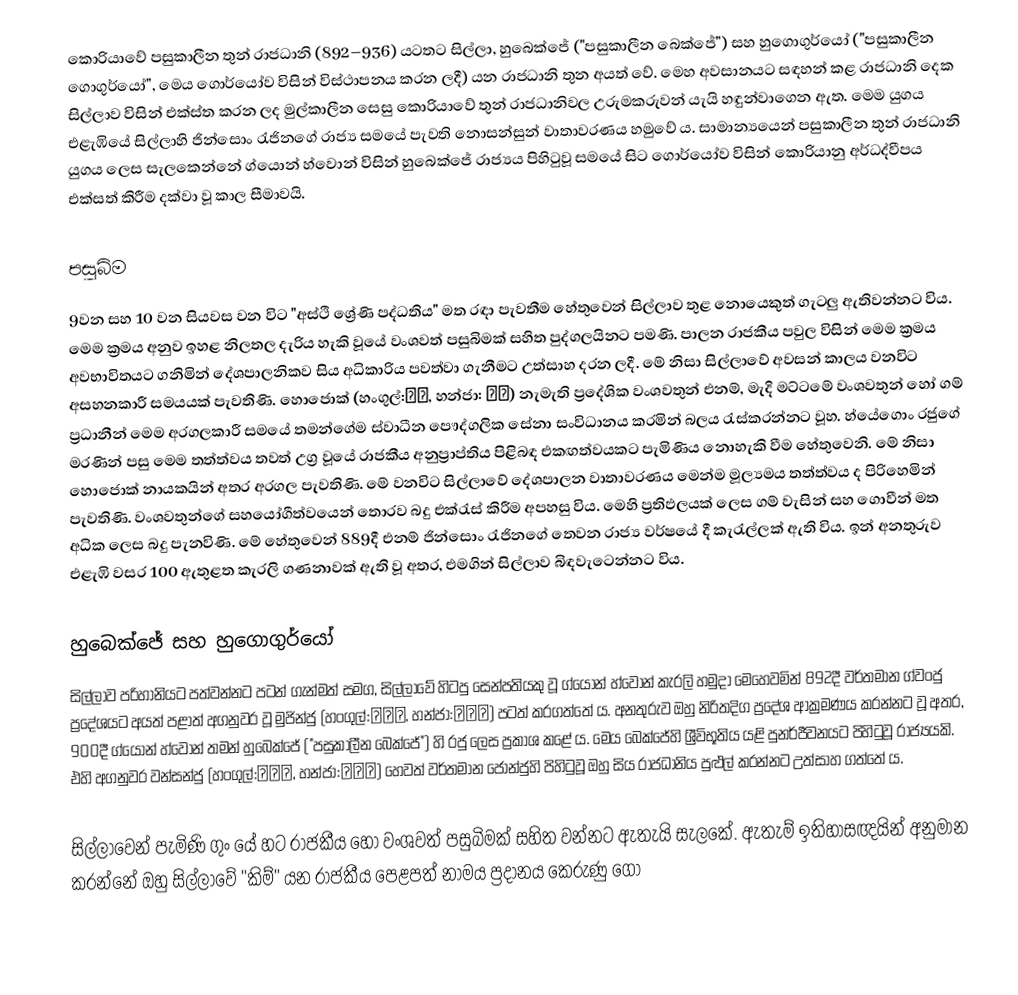
කොරියාවේ පසුකාලීන තුන් රාජධානි (892–936) යටතට සිල්ලා, හුබෙක්ජේ ("පසුකාලීන ‍බෙක්ජේ") සහ හුගොගුර්යෝ ("පසුකාලීන ගොගුර්යෝ", මෙය ගොර්යෝව විසින් විස්ථාපනය කරන ලදී) යන රාජධානි තුන අයත් වේ.  මෙහ අවසානයට සඳහන් කළ රාජධානි දෙක සිල්ලාව විසින් එක්ස්ත කරන ලද මුල්කාලීන සෙසු කොරියාවේ තුන් රාජධානිවල උරුමකරුවන් යැයි හඳුන්වාගෙන ඇත. මෙම යුගය එළැඹියේ සිල්ලාහි ජින්සොං රැජිනගේ රාජ්‍ය සමයේ පැවති නොසන්සුන් වාතාවරණය හමුවේ ය. ‍සාමාන්‍යයෙන් පසුකාලීන තුන් රාජධානි යුගය ලෙස සැලකෙන්නේ ග්යොන් හ්වොන් විසින් හුබෙක්ජේ රාජ්‍යය පිහිටුවූ සමයේ සිට ගොර්යෝව විසින් කොරියානු අර්ධද්වීපය එක්සත් කිරීම දක්වා වූ කාල සීමාවයි.

පසුබිම
9වන සහ 10 වන සියවස වන විට "අස්ථි ශ්‍රේණි පද්ධතිය" මත රඳා පැවතීම හේතුවෙන් සිල්ලාව තුළ නොයෙකුත් ගැටලු ඇතිවන්නට විය. මෙම ක්‍රමය අනුව ඉහළ නිලතල දැරිය හැකි වූයේ වංශවත් පසුබිමක් සහිත පුද්ගලයිනට පමණි. පාලන රාජකීය පවුල විසින් මෙම ක්‍රමය අවභාවිතයට ගනිමින් දේශපාලනිකව සිය අධිකාරිය පවත්වා ගැනීමට උත්සාහ දරන ලදී. මේ නිසා සිල්ලාවේ අවසන් කාලය වනවිට අසහනකාරී සමයයක් පැවතිණි. හොජොක් (හංගුල්:호족, හන්ජා: 豪族) නැමැති ප්‍රදේශික වංශවතුන් එනම්, මැදි මට්ටමේ වංශවතුන් හෝ ගම් ප්‍රධානීන් මෙම අරගලකාරී සමයේ තමන්ගේම ස්වාධීන පෞද්ගලික සේනා සංවිධානය කරමින් බලය රැස්කරන්නට වූහ. හ්යේගොං රජුගේ මරණින් පසු මෙම තත්ත්වය තවත් උග්‍ර වූයේ රාජකීය අනුප්‍රාප්තිය පිළිබඳ එකඟත්වයකට පැමිණිය නොහැකි වීම හේතුවෙනි. මේ නිසා හොජොක් නායකයින් අතර අරගල පැවතිණි. මේ වනවිට සිල්ලාවේ දේශපාලන වාතාවරණය මෙන්ම මූල්‍යමය තත්ත්වය ද පිරිහෙමින් පැවතිණි. වංශවතුන්ගේ සහයෝගීත්වයෙන් තොරව බදු එක්රැස් කිරීම අපහසු විය. මෙහි ප්‍රතිඵලයක් ලෙස ගම් වැසින් සහ ගොවීන් මත අධික ලෙස බදු පැනවිණි. මේ හේතුවෙන් 889දී එනම් ජින්සොං රැජිනගේ තෙවන රාජ්‍ය වර්ෂයේ දී කැරැල්ලක් ඇති විය. ඉන් අනතුරුව එළැඹි වසර 100 ඇතුළත කැරලි ගණනාවක් ඇති වූ අතර, එමගින් සිල්ලාව බිඳවැටෙන්නට විය.

හුබෙක්ජේ සහ හුගොගුර්යෝ
සිල්ලාව පරිහානියට පත්වන්නට පටන් ගැන්මත් සමග, සිල්ලාවේ හිටපු සෙන්පතියකු වූ ග්යොන් හ්වොන් කැරලි හමුදා මෙහෙවමින් 892දී වර්තමාන ග්වංජු ප්‍රදේශයට අයත් පළාත් අගනුවර වූ මුජින්ජු (හංගුල්:무진주, හන්ජා:武珍州) පටත් කරගත්තේ ය. අනතුරුව ඔහු නිරිතදිග ප්‍රදේශ ආක්‍රමණය කරන්නට වූ අතර, 900දී ග්යොන් හ්වොන් තමන් හුබෙක්ජේ ("පසුකාලීන බෙක්ජේ") හි රජු ලෙස ප්‍රකාශ කළේ ය. මෙය ‍බෙක්ජේහි ශ්‍රීවිභූතිය යළි පුනර්ජීවනයට පිහිටුවූ රාජ්‍යයකි. එහි අගනුවර වන්සන්ජු (හංගුල්:완산주, හන්ජා:完山州) හෙවත් වර්තමාන ජොන්ජුහි පිහිටුවූ ඔහු සිය රාජධානිය පුළුල් කරන්නට උත්සාහ ගත්තේ ය.

සිල්ලාවෙන් පැමිණි ගුං යේ හට රාජකීය හෝ වංශවත් පසුබිමක් සහිත වන්නට ඇතැයි සැලකේ. ඇතැම් ඉතිහාසඥයින් අනුමාන කරන්නේ ඔහු සිල්ලාවේ "කිම්" යන රාජකීය පෙළපත් නාමය ප්‍රදානය කෙරුණු ගෝ